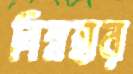
নিম্নহার